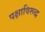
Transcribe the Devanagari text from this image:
पक्षाविरूद्ध